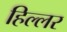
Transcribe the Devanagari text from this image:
हिल्लर